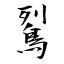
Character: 鴷